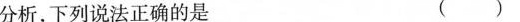
分析，下列说法正确的是 ( )